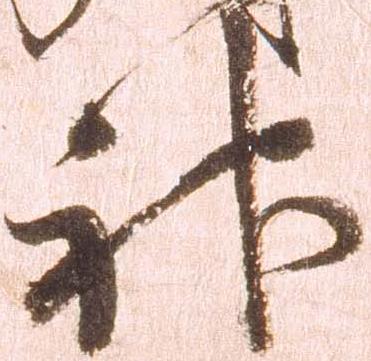
神